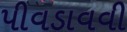
પીવડાવવી